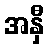
အနှီ